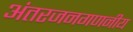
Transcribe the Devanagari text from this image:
अंतरजनगणनीय